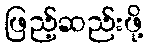
ဖြည့်ဆည်းဖို့